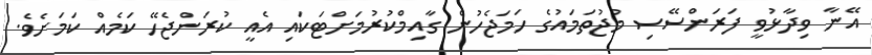
އޭނާ ވިދާޅުވީ ފަރަންސޭސި މުޖުތަމައުގެ ހަމަޖެހުން ގާއިމްކުރުމަށްޓަކައި އެއީ ކުރަންޖެހޭ ކަމެއް ކަމަށެވެ.